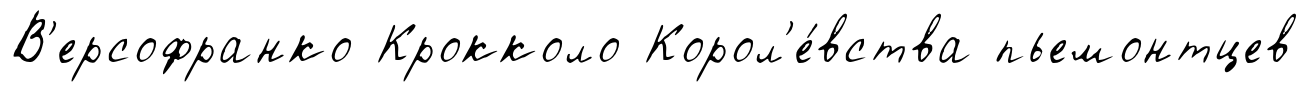
В'ерсофранко Крокколо Корол'е́вства пьемонтцев